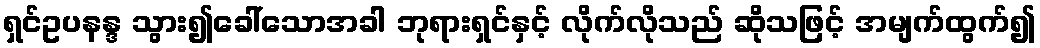
ရှင်ဥပနန္ဒ သွား၍ခေါ်သောအခါ ဘုရားရှင်နှင့် လိုက်လိုသည် ဆိုသဖြင့် အမျက်ထွက်၍